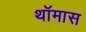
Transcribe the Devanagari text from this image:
थॉमास